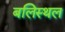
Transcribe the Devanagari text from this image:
बलिस्थल